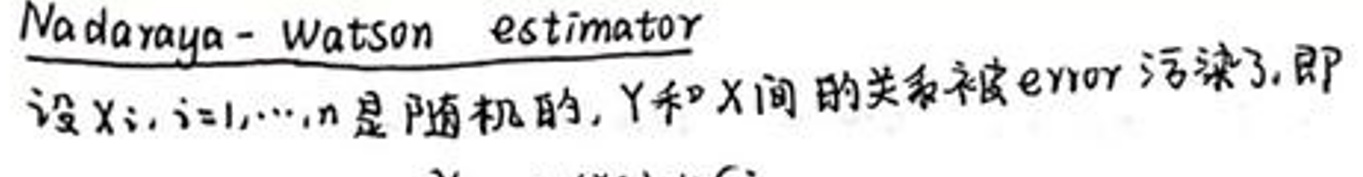
Nadaraya - Watson estimator

设\(x_i, i = 1, \cdots, n\)是随机的，\(Y\)和\(X\)间的关系被\(error\)污染了，即